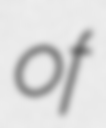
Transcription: of